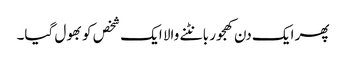
پھر ایک دن کھجور بانٹنے والا ایک شخص کو بھول گیا۔